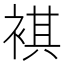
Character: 褀